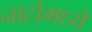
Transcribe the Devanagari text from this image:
नाटोमध्ये